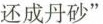
还成丹砂”